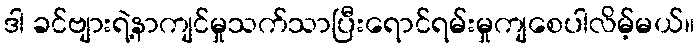
ဒါ ခင်ဗျားရဲ့နာကျင်မှုသက်သာပြီးရောင်ရမ်းမှုကျစေပါလိမ့်မယ်။